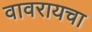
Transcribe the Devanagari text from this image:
वावरायचा